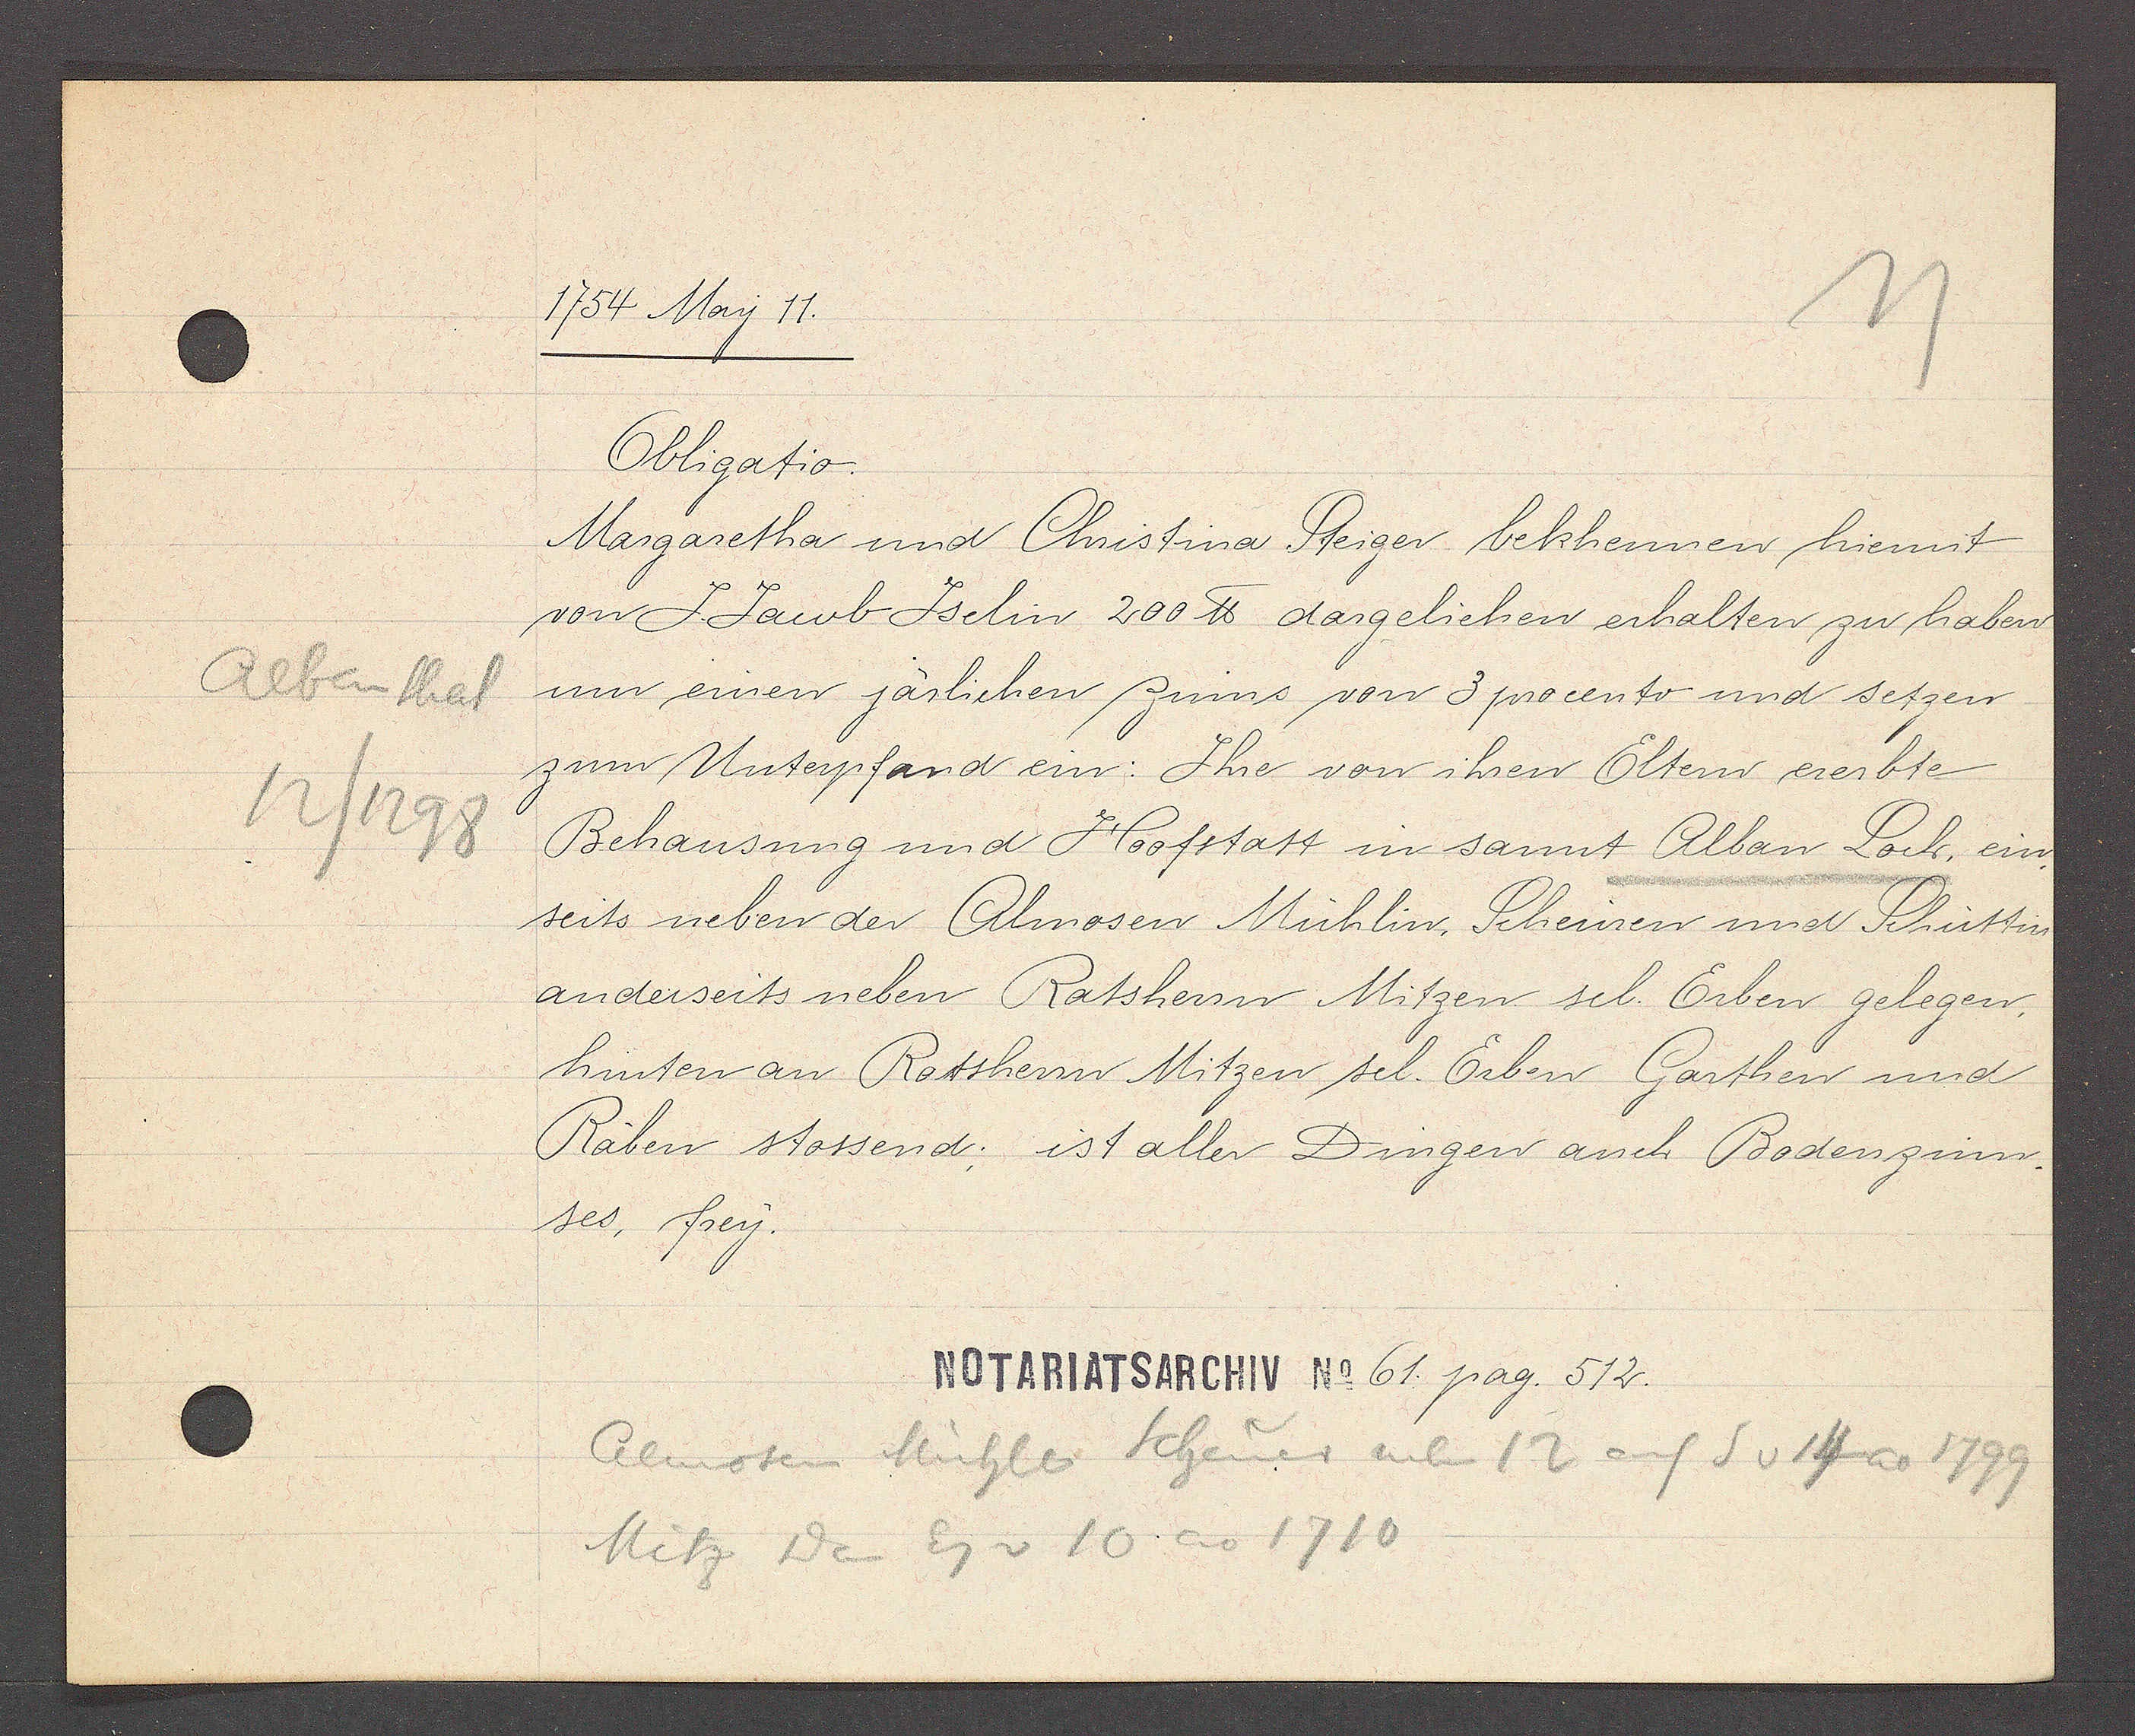
Transcript:
Albanthal
12/1298

1754 May 11.

Obligatio.
Margaretha und Christina Steiger bekhennen hiermit
von J. Jacob Jselin 200 ℔ dargeliehen erhalten zu haben
um einen järlichen zinns von 3 procento und setzen
zum Unterpfand ein: Ihre von ihren Eltern ererbte
Behausung und Hoofstatt in sannt Alban Loch, ein-
seits neben der Almosen Mühlin, Scheuren und Schuttin
anderseits neben Ratsherrn Mitzen sel. Erben gelegen,
hinten an Rotsherrn Mitzen sel. Erben Garthen und
Räben stossend; ist aller Dingen auch Bodenzinn¬
ses, frey.

NOTARIATSARCHIV No 61. pag. 512.

Almosen Mühler Scheuer neben 12 auf S v 14 ao 1799
Mitz Dan Eg v 10 ao 1710